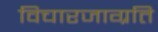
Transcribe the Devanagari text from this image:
विचारजाग्रति